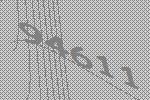
94611